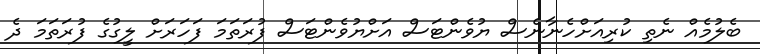
ބެލުމެއް ނެތި ކުރިއަށްހެނާނެސް ޔުވެންޓަސް އަށްޔުވެންޓަސް ފުރަތަމަ ފަހަރަށް ލީގުގެ ފުރަތަމަ ދެ